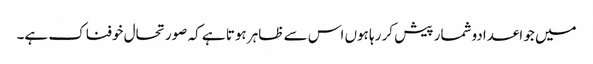
میں جو اعدادوشمار پیش کر رہا ہوں اس سے ظاہر ہوتا ہے کہ صورتحال خوفناک ہے۔